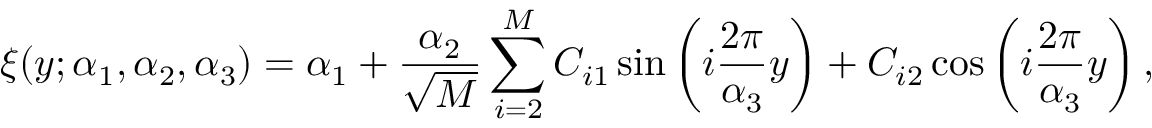
\xi ( y ; \alpha _ { 1 } , \alpha _ { 2 } , \alpha _ { 3 } ) = \alpha _ { 1 } + \frac { \alpha _ { 2 } } { \sqrt { M } } \sum _ { i = 2 } ^ { M } C _ { i 1 } \sin \left( i \frac { 2 \pi } { \alpha _ { 3 } } y \right) + C _ { i 2 } \cos \left( i \frac { 2 \pi } { \alpha _ { 3 } } y \right) ,